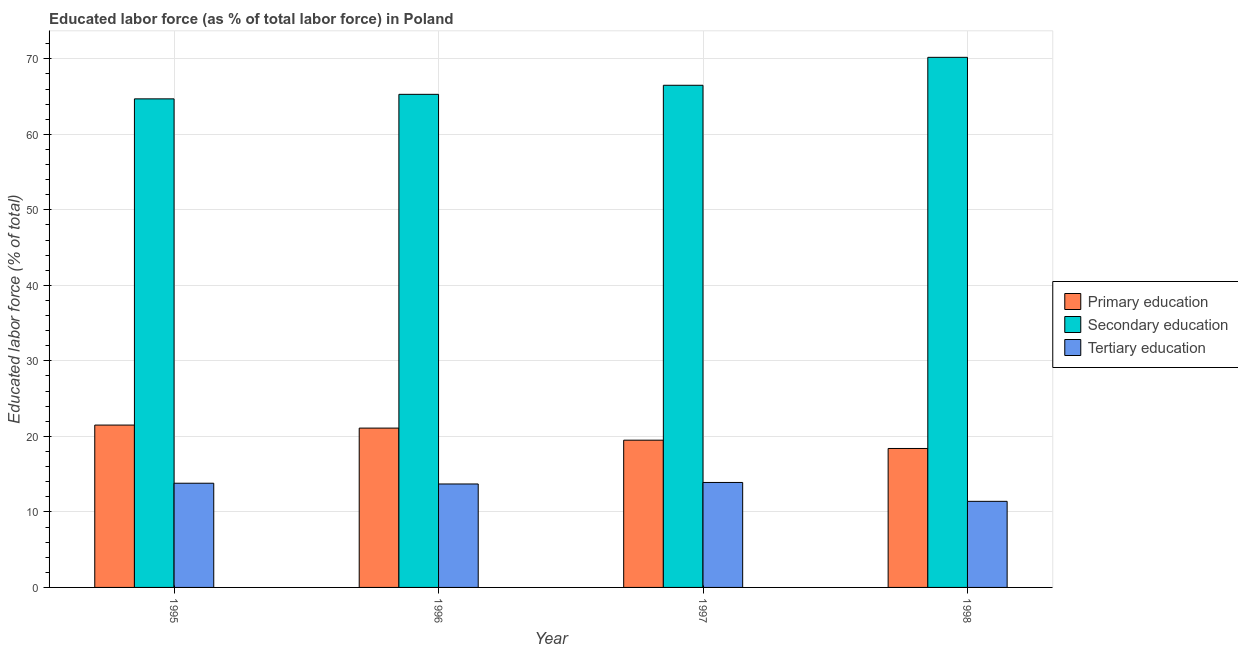
| Year | Primary education | Secondary education | Tertiary education |
 | --- | --- | --- | --- |
 | 1995 | 21.5 | 64.7 | 13.8 |
 | 1996 | 21.1 | 65.3 | 13.7 |
 | 1997 | 19.5 | 66.5 | 13.9 |
 | 1998 | 18.4 | 70.2 | 11.4 |